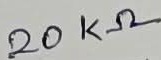
Text: 20KΩ